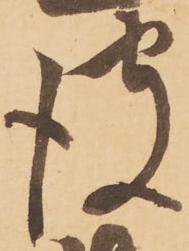
彼